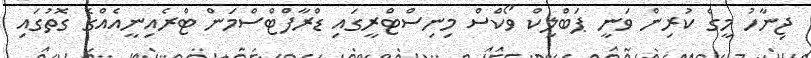
ޖިނާހު މީގެ ކުރިން ވަނީ ޕަބްލިކް ވޯކްސް މިނިސްޓްރީގައި ޑްރާފްޓްސްމަން ޓްރެއިނީއެއްގެ ގޮތުގައި